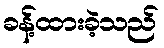
ခန့်ထားခဲ့သည်